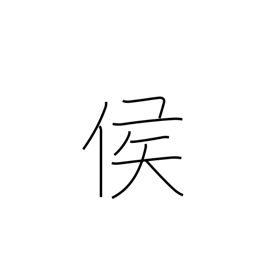
Meaning: marquis